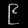
Digit: ၉